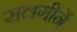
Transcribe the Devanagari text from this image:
सलगीनें